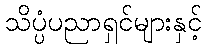
သိပ္ပံပညာရှင်များနှင့်